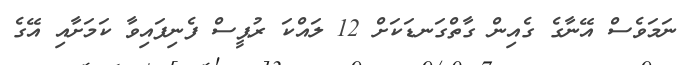
ނަމަވެސް އޭނާގެ ގެއިން ގާތްގަނޑަކަށް 12 ލައްކަ ރުޕީސް ފެނިފައިވާ ކަމަށާއި އޭގެ